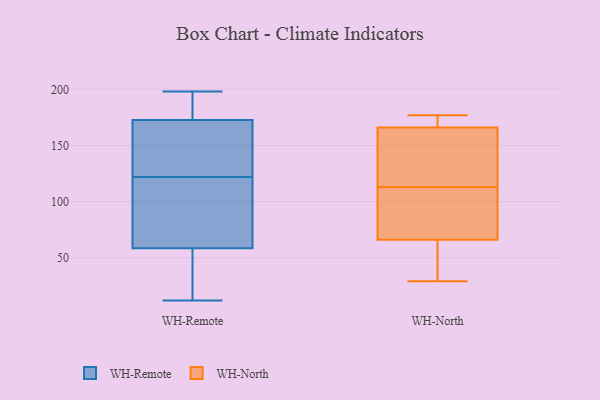
{"axis": {"x": "Headcount", "y": "Value"}, "legend": ["WH-North", "WH-Remote"], "data": [{"x": "", "y": 187, "type": "WH-Remote"}, {"x": "", "y": 65, "type": "WH-Remote"}, {"x": "", "y": 122, "type": "WH-Remote"}, {"x": "", "y": 63, "type": "WH-Remote"}, {"x": "", "y": 180, "type": "WH-Remote"}, {"x": "", "y": 27, "type": "WH-Remote"}, {"x": "", "y": 128, "type": "WH-Remote"}, {"x": "", "y": 198, "type": "WH-Remote"}, {"x": "", "y": 57, "type": "WH-Remote"}, {"x": "", "y": 75, "type": "WH-Remote"}, {"x": "", "y": 19, "type": "WH-Remote"}, {"x": "", "y": 132, "type": "WH-Remote"}, {"x": "", "y": 65, "type": "WH-Remote"}, {"x": "", "y": 151, "type": "WH-Remote"}, {"x": "", "y": 12, "type": "WH-Remote"}, {"x": "", "y": 186, "type": "WH-Remote"}, {"x": "", "y": 186, "type": "WH-Remote"}, {"x": "", "y": 13, "type": "WH-Remote"}, {"x": "", "y": 131, "type": "WH-Remote"}, {"x": "", "y": 35, "type": "WH-North"}, {"x": "", "y": 167, "type": "WH-North"}, {"x": "", "y": 105, "type": "WH-North"}, {"x": "", "y": 131, "type": "WH-North"}, {"x": "", "y": 75, "type": "WH-North"}, {"x": "", "y": 120, "type": "WH-North"}, {"x": "", "y": 29, "type": "WH-North"}, {"x": "", "y": 111, "type": "WH-North"}, {"x": "", "y": 66, "type": "WH-North"}, {"x": "", "y": 171, "type": "WH-North"}, {"x": "", "y": 115, "type": "WH-North"}, {"x": "", "y": 177, "type": "WH-North"}, {"x": "", "y": 166, "type": "WH-North"}, {"x": "", "y": 59, "type": "WH-North"}]}